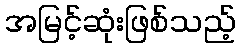
အမြင့်ဆုံးဖြစ်သည့်